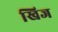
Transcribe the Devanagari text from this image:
खिज